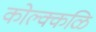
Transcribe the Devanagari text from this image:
कोल्क्कळि